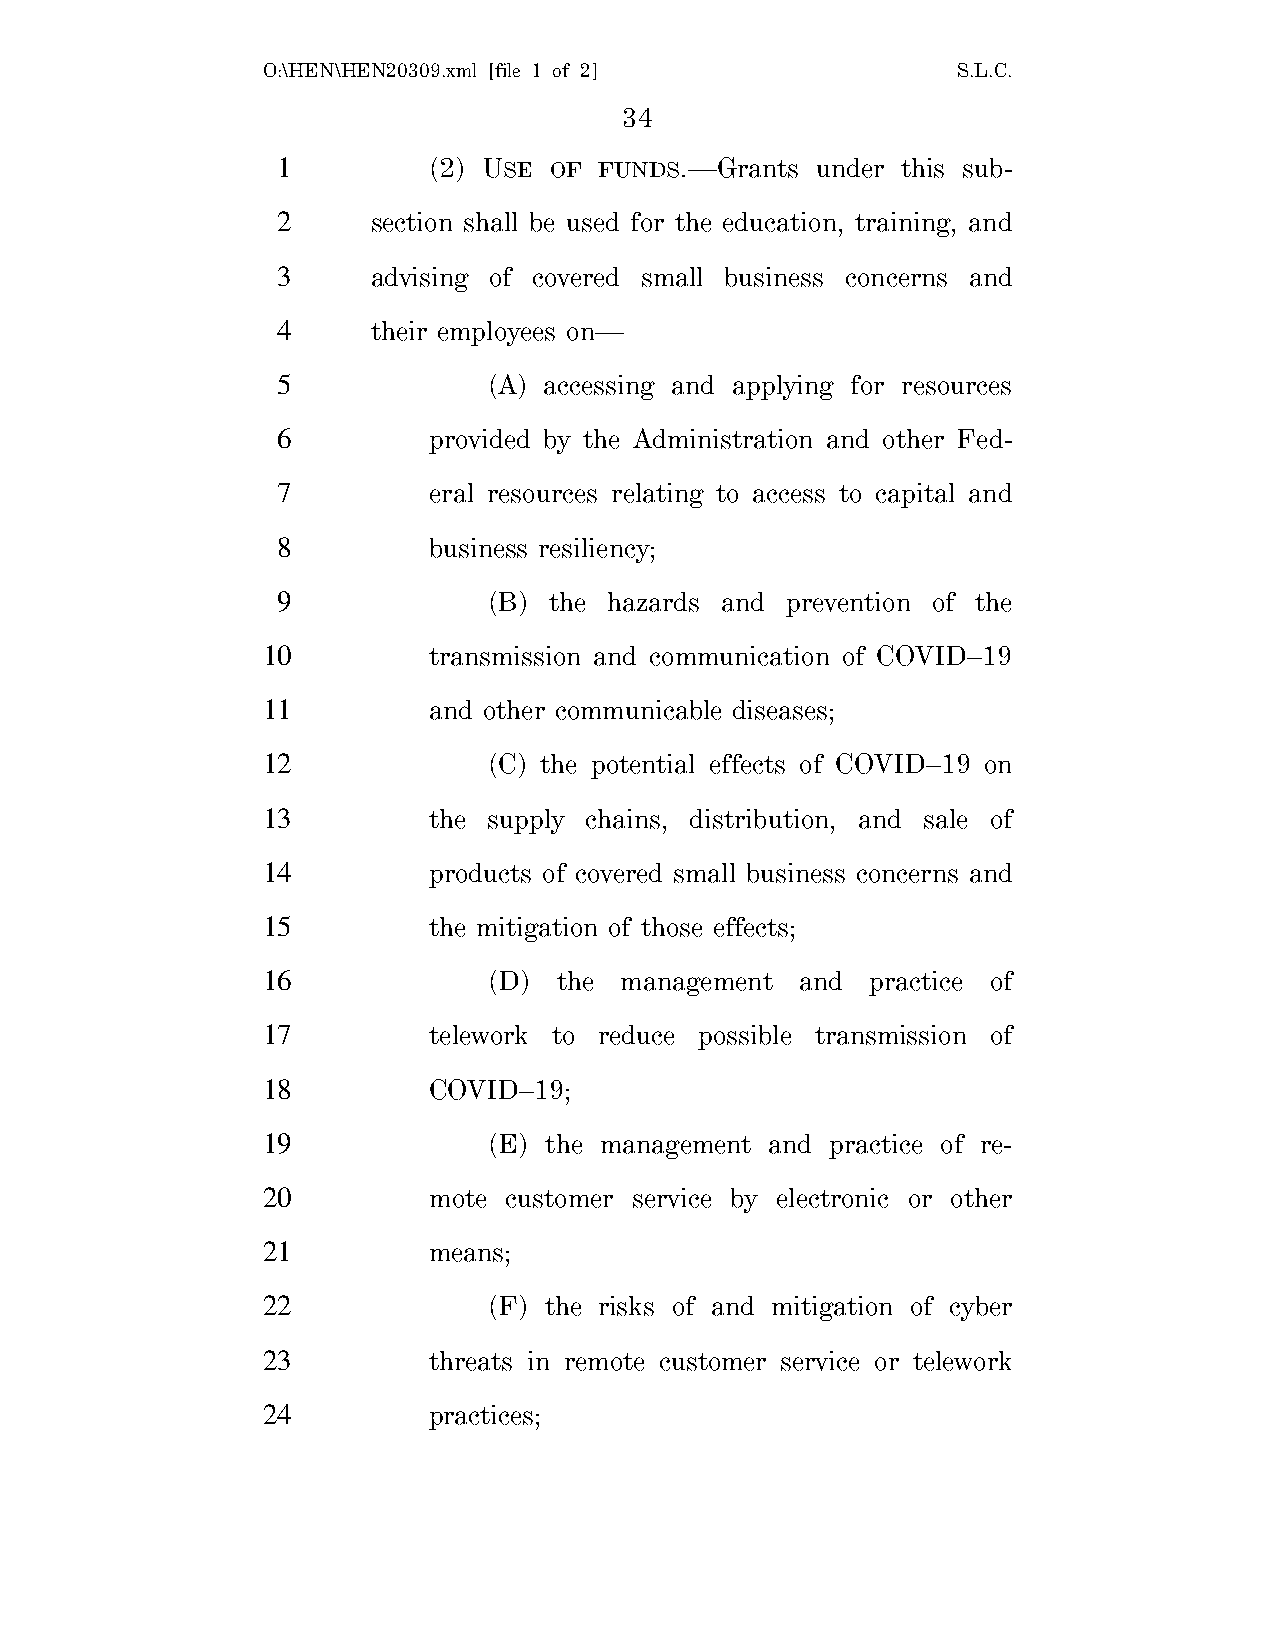
O:\HEN\HEN20309.xml [file 1 of 2]             S.L.C.
 34
 1         (2) USE OF  FUNDS.—Grants under this sub-
 2      section shall be used for the education, training, and
 3      advising of covered small business concerns and
 4      their employees on—
 5             (A) accessing and applying for resources
 6         provided by the Administration and other Fed-
 7         eral resources relating to access to capital and
 8         business resiliency;
 9             (B) the hazards and prevention of the
 10         transmission and communication of COVID–19
 11         and other communicable diseases;
 12             (C) the potential effects of COVID–19 on
 13         the supply chains, distribution, and sale of
 14         products of covered small business concerns and
 15         the mitigation of those effects;
 16             (D)  the management  and  practice of
 17         telework to reduce possible transmission of
 18         COVID–19;
 19             (E) the management and practice of re-
 20         mote customer service by electronic or other
 21         means;
 22             (F) the risks of and mitigation of cyber
 23         threats in remote customer service or telework
 24         practices;